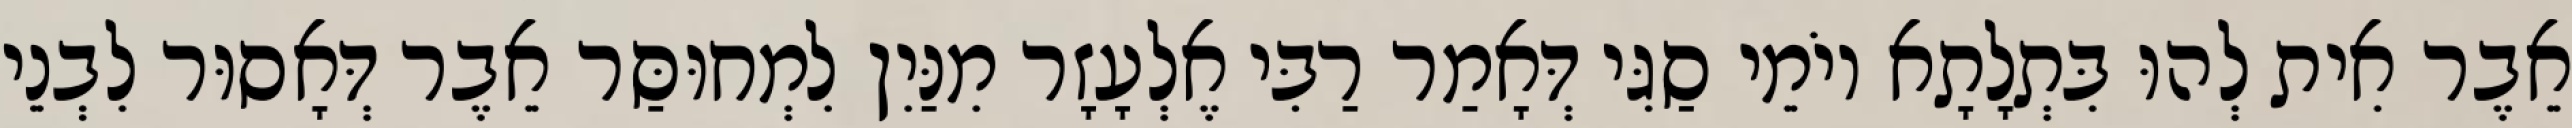
אֵבֶר אִית לְהוּ בִּתְלָתָא יוֹמֵי סַגִּי דְּאָמַר רַבִּי אֶלְעָזָר מִנַּיִן לִמְחוּסַּר אֵבֶר דְּאָסוּר לִבְנֵי